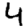
Digit: 4